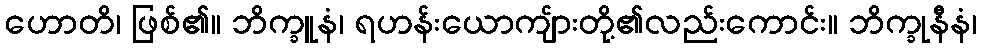
ဟောတိ၊ ဖြစ်၏။ ဘိက္ခူနံ၊ ရဟန်းယောကျ်ားတို့၏လည်းကောင်း။ ဘိက္ခုနီနံ၊